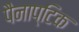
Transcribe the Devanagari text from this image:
पैनाप्टिक